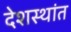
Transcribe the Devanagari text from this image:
देशस्थांत